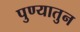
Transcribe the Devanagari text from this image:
पुण्यातुन